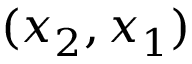
( x _ { 2 } , x _ { 1 } )